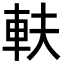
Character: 䡍